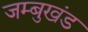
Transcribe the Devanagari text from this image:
जम्बुखंड